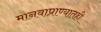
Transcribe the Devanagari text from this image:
मानवाप्राण्यातही